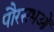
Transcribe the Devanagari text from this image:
पौरसभओं